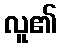
လူ၏